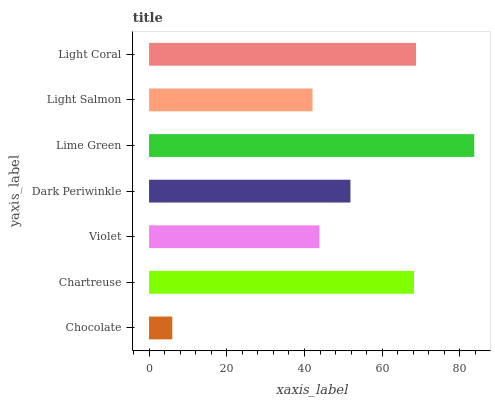
| yaxis_label | bars |
 | --- | --- |
 | Chocolate | 5.99 |
 | Chartreuse | 68.2 |
 | Violet | 43.9 |
 | Dark Periwinkle | 51.8 |
 | Lime Green | 83.7 |
 | Light Salmon | 42.1 |
 | Light Coral | 68.7 |